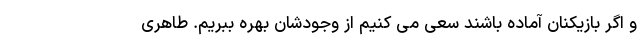
و اگر بازیکنان آماده باشند سعی می کنیم از وجودشان بهره ببریم. طاهری